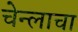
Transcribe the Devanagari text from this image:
चेन्लाचा